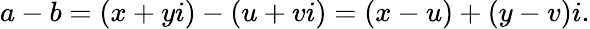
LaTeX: a-b=(x+yi)-(u+vi)=(x-u)+(y-v)i.